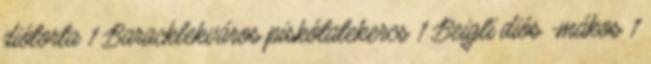
diótorta 1 Baracklekváros piskótatekercs 1 Beigli diós -mákos 1